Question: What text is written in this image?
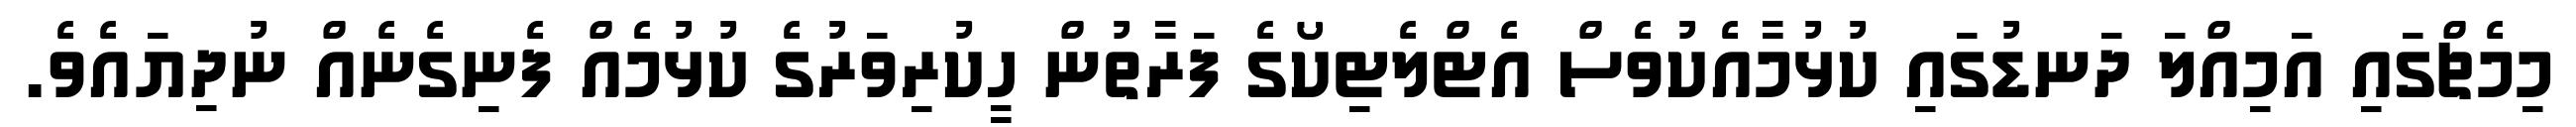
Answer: މިމެޗްގައި އަމިއްލަ ދަނޑުގައި ކުޅުމާއެކުވެސް އެޓްލެޓިކޯގެ ފަރާތުން ހީކުރިވަރުގެ ކުޅުމެއް ފެނިގެނެއް ނުދިޔައެވެ.